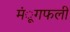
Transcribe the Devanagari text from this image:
मंूगफली